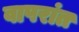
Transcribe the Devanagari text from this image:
वापरांत